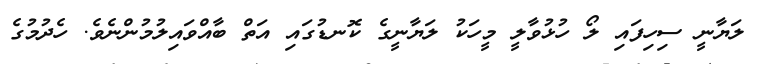
ލަޔާނީ ސިހިފައި ލޯ ހުޅުވާލީ މީހަކު ލަޔާނީގެ ކޮނޑުގައި އަތް ބާއްވައިލުމުންނެވެ. ހެދުމުގެ